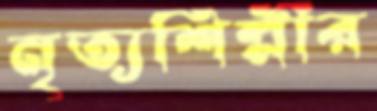
নৃত্যশিল্পীর